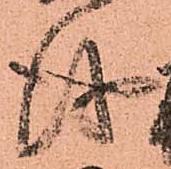
儀